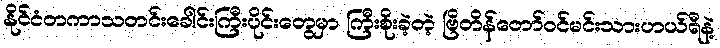
နိုင်ငံတကာသတင်းခေါင်းကြီးပိုင်းတွေမှာ ကြီးစိုးခဲ့တဲ့ ဗြိတိန်တော်ဝင်မင်းသားဟယ်ရီနဲ့